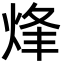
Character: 烽